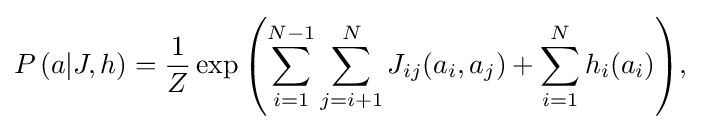
{\begin{aligned}P\left(a|J,h\right)={\frac {1}{Z}}\exp {\left(\sum \limits _{i=1}^{N-1}\sum \limits _{j=i+1}^{N}J_{ij}(a_{i},a_{j})+\sum \limits _{i=1}^{N}h_{i}(a_{i})\right)},\end{aligned}}